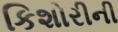
કિશોરીની